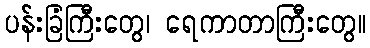
ပန်းခြံကြီးတွေ၊ ရေကာတာကြီးတွေ။